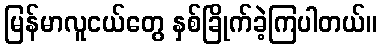
မြန်မာလူငယ်တွေ နှစ်ခြိုက်ခဲ့ကြပါတယ်။